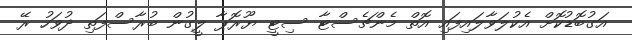
އަގުބޮޑުކޮށް އެކުލަވާލައިފައި އޮތް މެންޗެސްޓާ ސިޓީ ޔޫރޮޕާ ލީގުން ބުރާސްފަތި ދުވަހު ރޭ